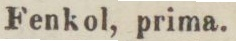
Fenkol, prima.